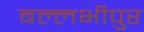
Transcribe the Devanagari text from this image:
बल्लभीपुर